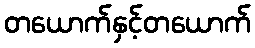
တယောက်နှင့်တယောက်